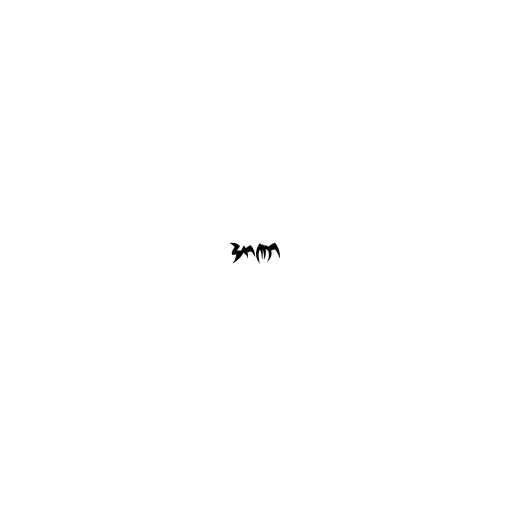
အာဏာ